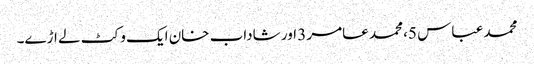
محمد عباس 5، محمد عامر 3 اور شاداب خان ایک وکٹ لے اڑے۔